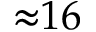
{ \approx } 1 6